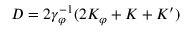
D = 2 \gamma _ { \varphi } ^ { - 1 } ( 2 K _ { \varphi } + K + K ^ { \prime } )